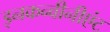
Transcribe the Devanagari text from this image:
इनकन्वीनीएंट